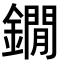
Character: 鐗